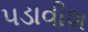
પડાવીશ